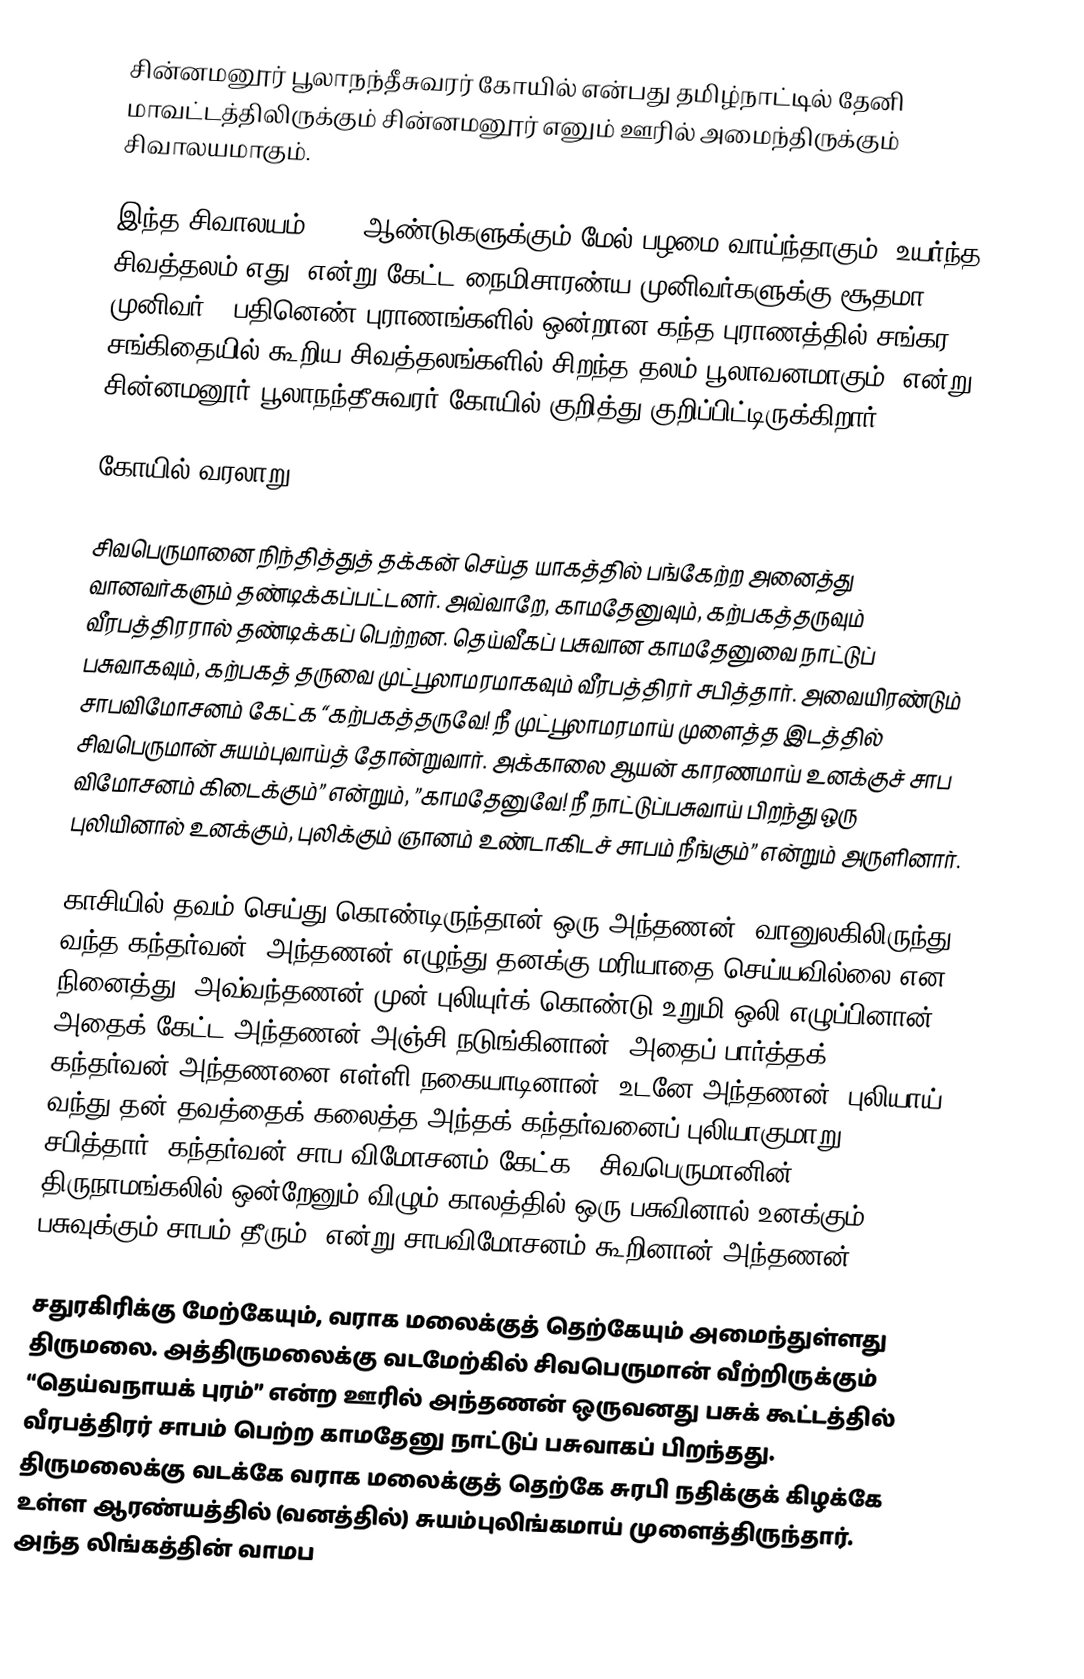
சின்னமனூர் பூலாநந்தீசுவரர் கோயில் என்பது தமிழ்நாட்டில் தேனி மாவட்டத்திலிருக்கும் சின்னமனூர் எனும் ஊரில் அமைந்திருக்கும் சிவாலயமாகும்.

இந்த சிவாலயம் 1000 ஆண்டுகளுக்கும் மேல் பழமை வாய்ந்தாகும். உயர்ந்த சிவத்தலம் எது? என்று கேட்ட நைமிசாரண்ய முனிவர்களுக்கு சூதமா முனிவர், “பதினெண் புராணங்களில் ஒன்றான கந்த புராணத்தில் சங்கர சங்கிதையில் கூறிய சிவத்தலங்களில் சிறந்த தலம் பூலாவனமாகும்” என்று சின்னமனூர் பூலாநந்தீசுவரர் கோயில் குறித்து குறிப்பிட்டிருக்கிறார்.

கோயில் வரலாறு

சிவபெருமானை நிந்தித்துத் தக்கன் செய்த யாகத்தில் பங்கேற்ற அனைத்து வானவர்களும் தண்டிக்கப்பட்டனர். அவ்வாறே, காமதேனுவும், கற்பகத்தருவும் வீரபத்திரரால் தண்டிக்கப் பெற்றன. தெய்வீகப் பசுவான காமதேனுவை நாட்டுப் பசுவாகவும், கற்பகத் தருவை முட்பூலாமரமாகவும் வீரபத்திரர் சபித்தார். அவையிரண்டும் சாபவிமோசனம் கேட்க “கற்பகத்தருவே! நீ முட்பூலாமரமாய் முளைத்த இடத்தில் சிவபெருமான் சுயம்புவாய்த் தோன்றுவார். அக்காலை ஆயன் காரணமாய் உனக்குச் சாப விமோசனம் கிடைக்கும்” என்றும், ”காமதேனுவே! நீ நாட்டுப்பசுவாய் பிறந்து ஒரு புலியினால் உனக்கும், புலிக்கும் ஞானம் உண்டாகிடச் சாபம் நீங்கும்” என்றும் அருளினார்.

காசியில் தவம் செய்து கொண்டிருந்தான் ஒரு அந்தணன். வானுலகிலிருந்து வந்த கந்தர்வன், அந்தணன் எழுந்து தனக்கு மரியாதை செய்யவில்லை என நினைத்து, அவ்வந்தணன் முன் புலியுர்க் கொண்டு உறுமி ஒலி எழுப்பினான். அதைக் கேட்ட அந்தணன் அஞ்சி நடுங்கினான். அதைப் பார்த்தக் கந்தர்வன் அந்தணனை எள்ளி நகையாடினான். உடனே அந்தணன், புலியாய் வந்து தன் தவத்தைக் கலைத்த அந்தக் கந்தர்வனைப் புலியாகுமாறு சபித்தார். கந்தர்வன் சாப விமோசனம் கேட்க, “சிவபெருமானின் திருநாமங்கலில் ஒன்றேனும் விழும் காலத்தில் ஒரு பசுவினால் உனக்கும் பசுவுக்கும் சாபம் தீரும்” என்று சாபவிமோசனம் கூறினான் அந்தணன்.

சதுரகிரிக்கு மேற்கேயும், வராக மலைக்குத் தெற்கேயும் அமைந்துள்ளது திருமலை. அத்திருமலைக்கு வடமேற்கில் சிவபெருமான் வீற்றிருக்கும் “தெய்வநாயக் புரம்” என்ற ஊரில் அந்தணன் ஒருவனது பசுக் கூட்டத்தில் வீரபத்திரர் சாபம் பெற்ற காமதேனு நாட்டுப் பசுவாகப் பிறந்தது. திருமலைக்கு வடக்கே வராக மலைக்குத் தெற்கே சுரபி நதிக்குக் கிழக்கே உள்ள ஆரண்யத்தில் (வனத்தில்) சுயம்புலிங்கமாய் முளைத்திருந்தார். அந்த லிங்கத்தின் வாமப